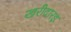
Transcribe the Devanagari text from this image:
खरीदारइ